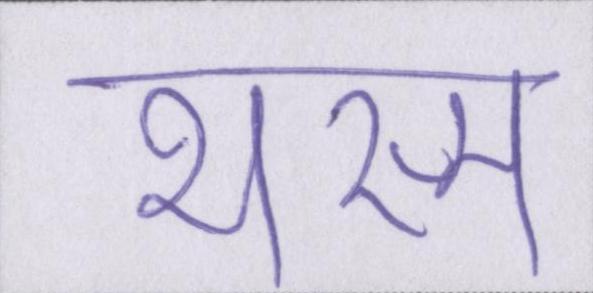
भस्म